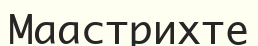
Маастрихте